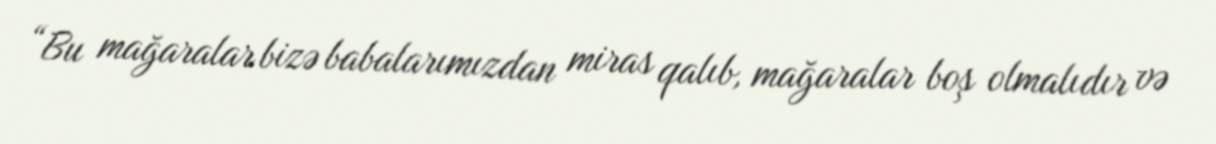
“Bu mağaralar bizə babalarımızdan miras qalıb, mağaralar boş olmalıdır və